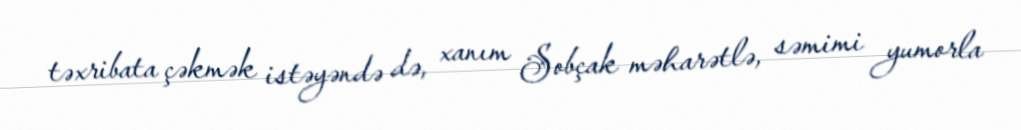
təxribata çəkmək istəyəndə də, xanım Sobçak məharətlə, səmimi yumorla